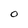
Character: O